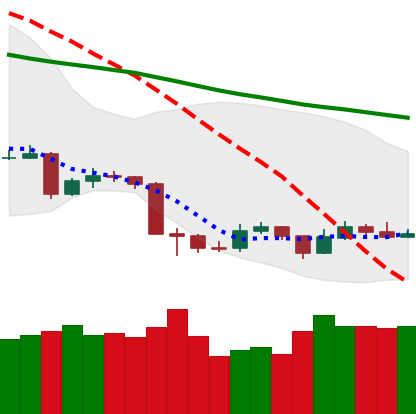
Ticker: TRX-USD
Chart end date: 2019-08-26
Forward return: -12.175%
Label: down_7plus